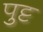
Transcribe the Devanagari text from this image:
पुट्ट